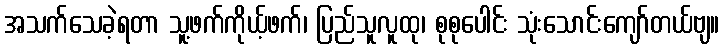
အသက်သေခဲ့ရတာ သူ့ဖက်ကိုယ့်ဖက်၊ ပြည်သူလူထု၊ စုစုပေါင်း သုံးသောင်းကျော်တယ်ဗျ။